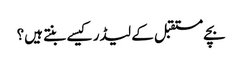
بچے مستقبل کے لیڈر کیسے بنتے ہیں؟